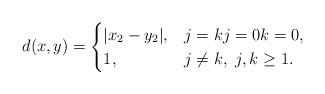
LaTeX: \begin{align*}d(x,y)= \begin{cases} |x_2-y_2|, & j=k j=0 k=0, \\ 1, & j \ne k, \ j,k\ge 1. \end{cases}\end{align*}